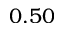
0 . 5 0